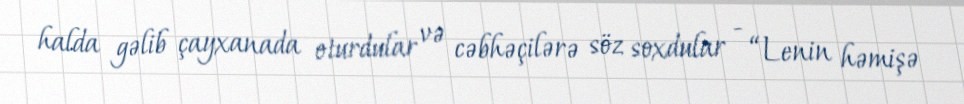
halda gəlib çayxanada oturdular və cəbhəçilərə söz soxdular - “Lenin həmişə